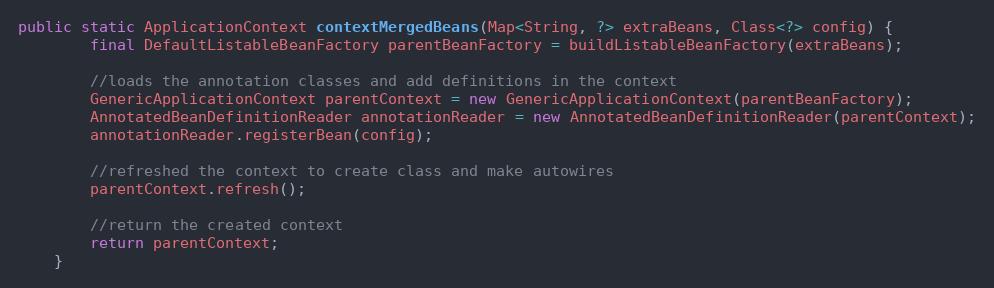
Language: Java
public static ApplicationContext contextMergedBeans(Map<String, ?> extraBeans, Class<?> config) {
        final DefaultListableBeanFactory parentBeanFactory = buildListableBeanFactory(extraBeans);

        //loads the annotation classes and add definitions in the context
        GenericApplicationContext parentContext = new GenericApplicationContext(parentBeanFactory);
        AnnotatedBeanDefinitionReader annotationReader = new AnnotatedBeanDefinitionReader(parentContext);
        annotationReader.registerBean(config);

        //refreshed the context to create class and make autowires
        parentContext.refresh();

        //return the created context
        return parentContext;
    }